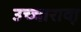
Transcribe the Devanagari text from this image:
उच्चारावा़